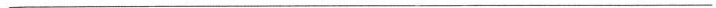
___